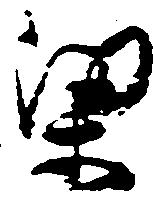
梁